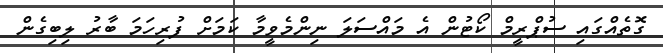
ގޮތެއްގައި ސުޕްރީމް ކޯޓުން އެ މައްސަލަ ނިންމެވީމާ ކަމަށް ފުރިހަމަ ބާރު ލިބިގެން